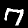
Digit: 7